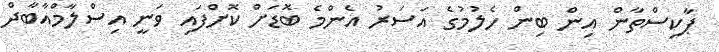
ޕާކިސްތާން އިން ބިން ހެލުމުގެ އަސަރު އެންމެ ބޮޑަށް ކޮށްފައި ވަނީ އިސްލާމްއާބާދް